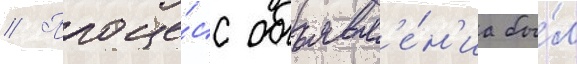
// Проце́сс объявл'е́н'иа бы́л